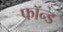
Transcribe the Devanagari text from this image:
फॉन्ड